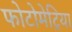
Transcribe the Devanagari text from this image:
फोटोमेट्रिया